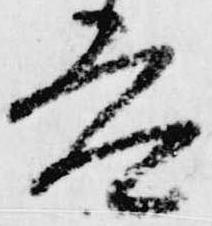
参